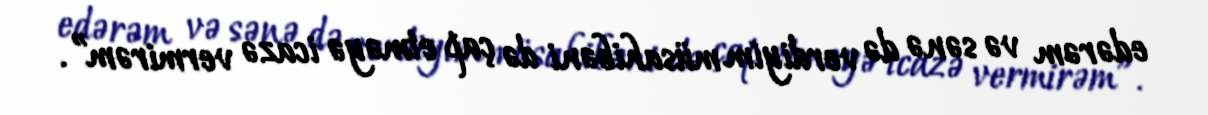
edərəm və sənə də verdiyim müsahibəni də çap etməyə icazə vermirəm”.